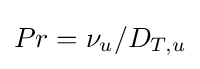
Pr=\nu _{u}/D_{T,u}